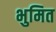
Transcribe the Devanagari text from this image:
भुमित